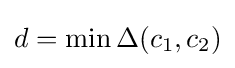
d=\min \Delta (c_{1},c_{2})